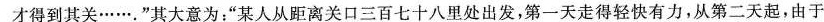
才得到其关……。”其大意为：”某人从距离关口三百七十八里处出发，第一天走得轻快有力，从第二天起，由于